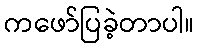
ကဖော်ပြခဲ့တာပါ။